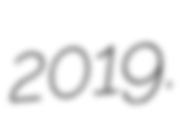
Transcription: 2019.